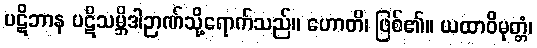
ပဋိဘာန ပဋိသမ္ဘိဒါဉာဏ်သို့ရောက်သည်။ ဟောတိ၊ ဖြစ်၏။ ယထာဝိမုတ္တံ၊